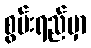
စွမ်းရည်မှာ